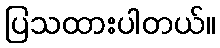
ပြသထားပါတယ်။